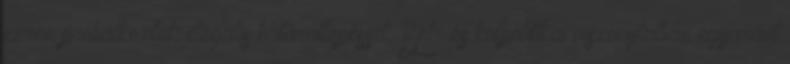
ezren próbálkoztak illegális határátlépéssel. Bel- és külpolitikai viszonylatban egyaránt